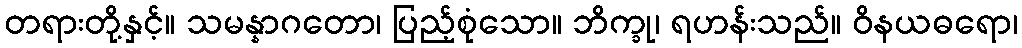
တရားတို့နှင့်။ သမန္နာဂတော၊ ပြည့်စုံသော။ ဘိက္ခု၊ ရဟန်းသည်။ ဝိနယဓရော၊